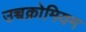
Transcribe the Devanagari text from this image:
उच्चक्रोमियम